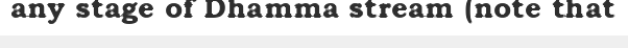
any stage of Dhamma stream (note that